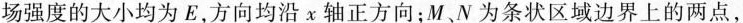
场强度的大小均为E，方向均沿χ轴正方向；M.N为条状区域边界上的两点，